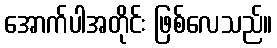
အောက်ပါအတိုင်း ဖြစ်လေသည်။